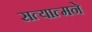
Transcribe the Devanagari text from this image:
सत्यात्मने